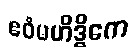
ဧဝံမဟိဒ္ဓိကေ